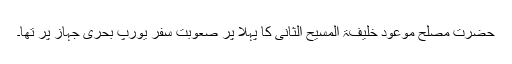
حضرت مصلح موعود خلیفۃ المسیح الثانی ؓکا پہلا پُر صعوبت سفرِ یورپ بحری جہاز پر تھا۔